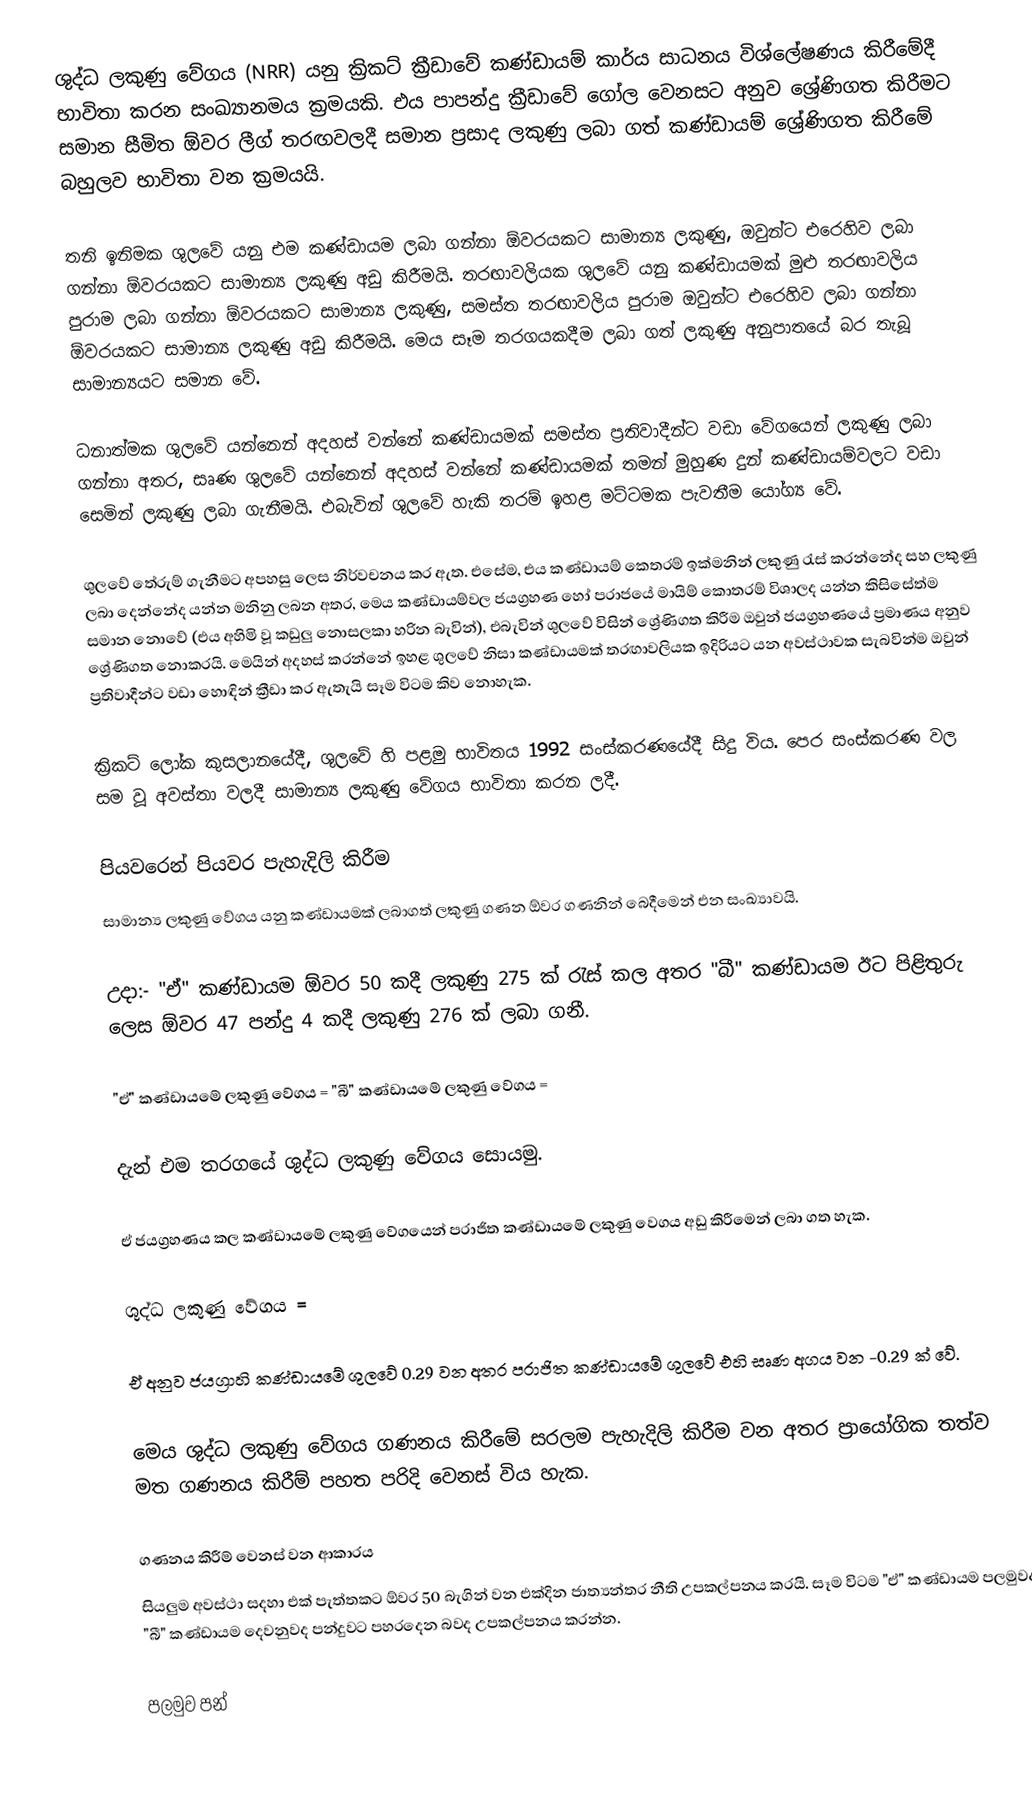
ශුද්ධ ලකුණු වේගය (NRR) යනු ක්‍රිකට් ක්‍රීඩාවේ කණ්ඩායම් කාර්ය සාධනය විශ්ලේෂණය කිරීමේදී භාවිතා කරන සංඛ්‍යානමය ක්‍රමයකි. එය පාපන්දු ක්‍රීඩාවේ ගෝල වෙනසට අනුව ශ්‍රේණිගත කිරීමට සමාන සීමිත ඕවර ලීග් තරඟවලදී සමාන ප්‍රසාද ලකුණු ලබා ගත් කණ්ඩායම් ශ්‍රේණිගත කිරීමේ බහුලව භාවිතා වන ක්‍රමයයි.

තනි ඉනිමක ශුලවේ යනු එම කණ්ඩායම ලබා ගන්නා ඕවරයකට සාමාන්‍ය ලකුණු, ඔවුන්ට එරෙහිව ලබා ගන්නා ඕවරයකට සාමාන්‍ය ලකුණු අඩු කිරීමයි. තරඟාවලියක ශුලවේ යනු කණ්ඩායමක් මුළු තරඟාවලිය පුරාම ලබා ගන්නා ඕවරයකට සාමාන්‍ය ලකුණු, සමස්ත තරඟාවලිය පුරාම ඔවුන්ට එරෙහිව ලබා ගන්නා ඕවරයකට සාමාන්‍ය ලකුණු අඩු කිරීමයි. මෙය සෑම තරගයකදීම ලබා ගත් ලකුණු අනුපාතයේ බර තැබූ සාමාන්‍යයට සමාන වේ.

ධනාත්මක ශුලවේ යන්නෙන් අදහස් වන්නේ කණ්ඩායමක් සමස්ත ප්‍රතිවාදීන්ට වඩා වේගයෙන් ලකුණු ලබා ගන්නා අතර, සෘණ ශුලවේ යන්නෙන් අදහස් වන්නේ කණ්ඩායමක් තමන් මුහුණ දුන් කණ්ඩායම්වලට වඩා සෙමින් ලකුණු ලබා ගැනීමයි. එබැවින් ශුලවේ හැකි තරම් ඉහළ මට්ටමක පැවතීම යෝග්‍ය වේ.

ශුලවේ තේරුම් ගැනීමට අපහසු ලෙස නිර්වචනය කර ඇත. එසේම, එය කණ්ඩායම් කෙතරම් ඉක්මනින් ලකුණු රැස් කරන්නේද සහ ලකුණු ලබා දෙන්නේද යන්න මනිනු ලබන අතර, මෙය කණ්ඩායම්වල ජයග්‍රහණ හෝ පරාජයේ මායිම් කොතරම් විශාලද යන්න කිසිසේත්ම සමාන නොවේ (එය අහිමි වූ කඩුලු නොසලකා හරින බැවින්), එබැවින් ශුලවේ විසින් ශ්‍රේණිගත කිරීම ඔවුන්  ජයග්‍රහණයේ ප්‍රමාණය අනුව ශ්‍රේණිගත නොකරයි. මෙයින් අදහස් කරන්නේ ඉහළ ශුලවේ නිසා කණ්ඩායමක් තරඟාවලියක ඉදිරියට යන අවස්ථාවක සැබවින්ම ඔවුන් ප්‍රතිවාදීන්ට වඩා හොඳින් ක්‍රීඩා කර ඇතැයි සෑම විටම කිව නොහැක.

ක්‍රිකට් ලෝක කුසලානයේදී, ශුලවේ හි පළමු භාවිතය 1992 සංස්කරණයේදී සිදු විය. පෙර සංස්කරණ වල සම වූ අවස්තා වලදී සාමාන්‍ය ලකුණු වේගය භාවිතා කරන ලදී.

පියවරෙන් පියවර පැහැදිලි කිරීම
සාමාන්‍ය ලකුණු වේගය යනු කණ්ඩායමක් ලබාගත් ලකුණු ගණන ඕවර ගණනින් බෙදීමෙන් එන සංඛ්‍යාවයි.

උදා:- "ඒ" කණ්ඩායම ඕවර 50 කදී ලකුණු 275 ක් රැස් කල අතර "බී" කණ්ඩායම ඊට පිළිතුරු ලෙස ඕවර 47 පන්දු 4 කදී ලකුණු 276 ක් ලබා ගනී.

"ඒ" කණ්ඩායමේ ලකුණු වේගය =      "බී" කණ්ඩායමේ ලකුණු වේගය =

දැන් එම තරගයේ ශුද්ධ ලකුණු වේගය සොයමු.

ඒ ජයග්‍රහණය කල කණ්ඩායමේ ලකුණු වේගයෙන් පරාජිත කණ්ඩායමේ ලකුණු වෙගය අඩු කිරීමෙන් ලබා ගත හැක.

ශුද්ධ ලකුණු වේගය =

ඒ අනුව ජයග්‍රාහි කණ්ඩායමේ ශුලවේ 0.29 වන අතර පරාජිත කණ්ඩායමේ ශුලවේ එහි සෘණ අගය වන -0.29 ක් වේ.

මෙය ශුද්ධ ලකුණු වේගය ගණනය කිරීමේ සරලම පැහැදිලි කිරීම වන අතර ප්‍රායෝගික තත්ව මත ගණනය කිරීම් පහත පරිදි වෙනස් විය හැක.

ගණනය කිරීම් වෙනස් වන ආකාරය
සියලුම අවස්ථා සදහා එක් පැත්තකට ඕවර 50 බැගින් වන එක්දින ජාත්‍යන්තර නීති උපකල්පනය කරයි. සෑම විටම "ඒ" කණ්ඩායම පලමුවද "බී" කණ්ඩායම දෙවනුවද පන්දුවට පහරදෙන බවද උපකල්පනය කරන්න.

පලමුව පන්